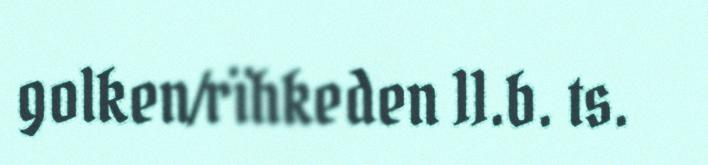
golken/rïhkeden 11.b. ts.